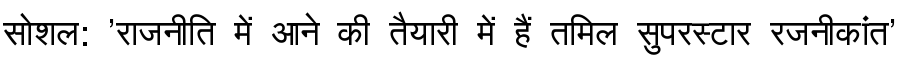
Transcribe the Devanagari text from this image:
सोशल: 'राजनीति में आने की तैयारी में हैं तमिल सुपरस्टार रजनीकांत'